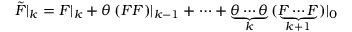
\tilde { F } | _ { k } = F | _ { k } + \theta \, ( F F ) | _ { k - 1 } + \cdots + \underbrace { \theta \cdots \theta } _ { k } \, ( \underbrace { F \cdots F } _ { k + 1 } ) | _ { 0 }